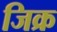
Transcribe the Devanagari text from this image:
जिक्र